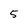
Character: 5